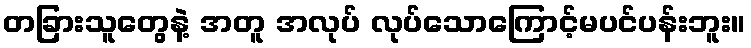
တခြားသူတွေနဲ့ အတူ အလုပ် လုပ်သောကြောင့်မပင်ပန်းဘူး။